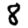
Digit: 8